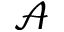
\mathcal { A }